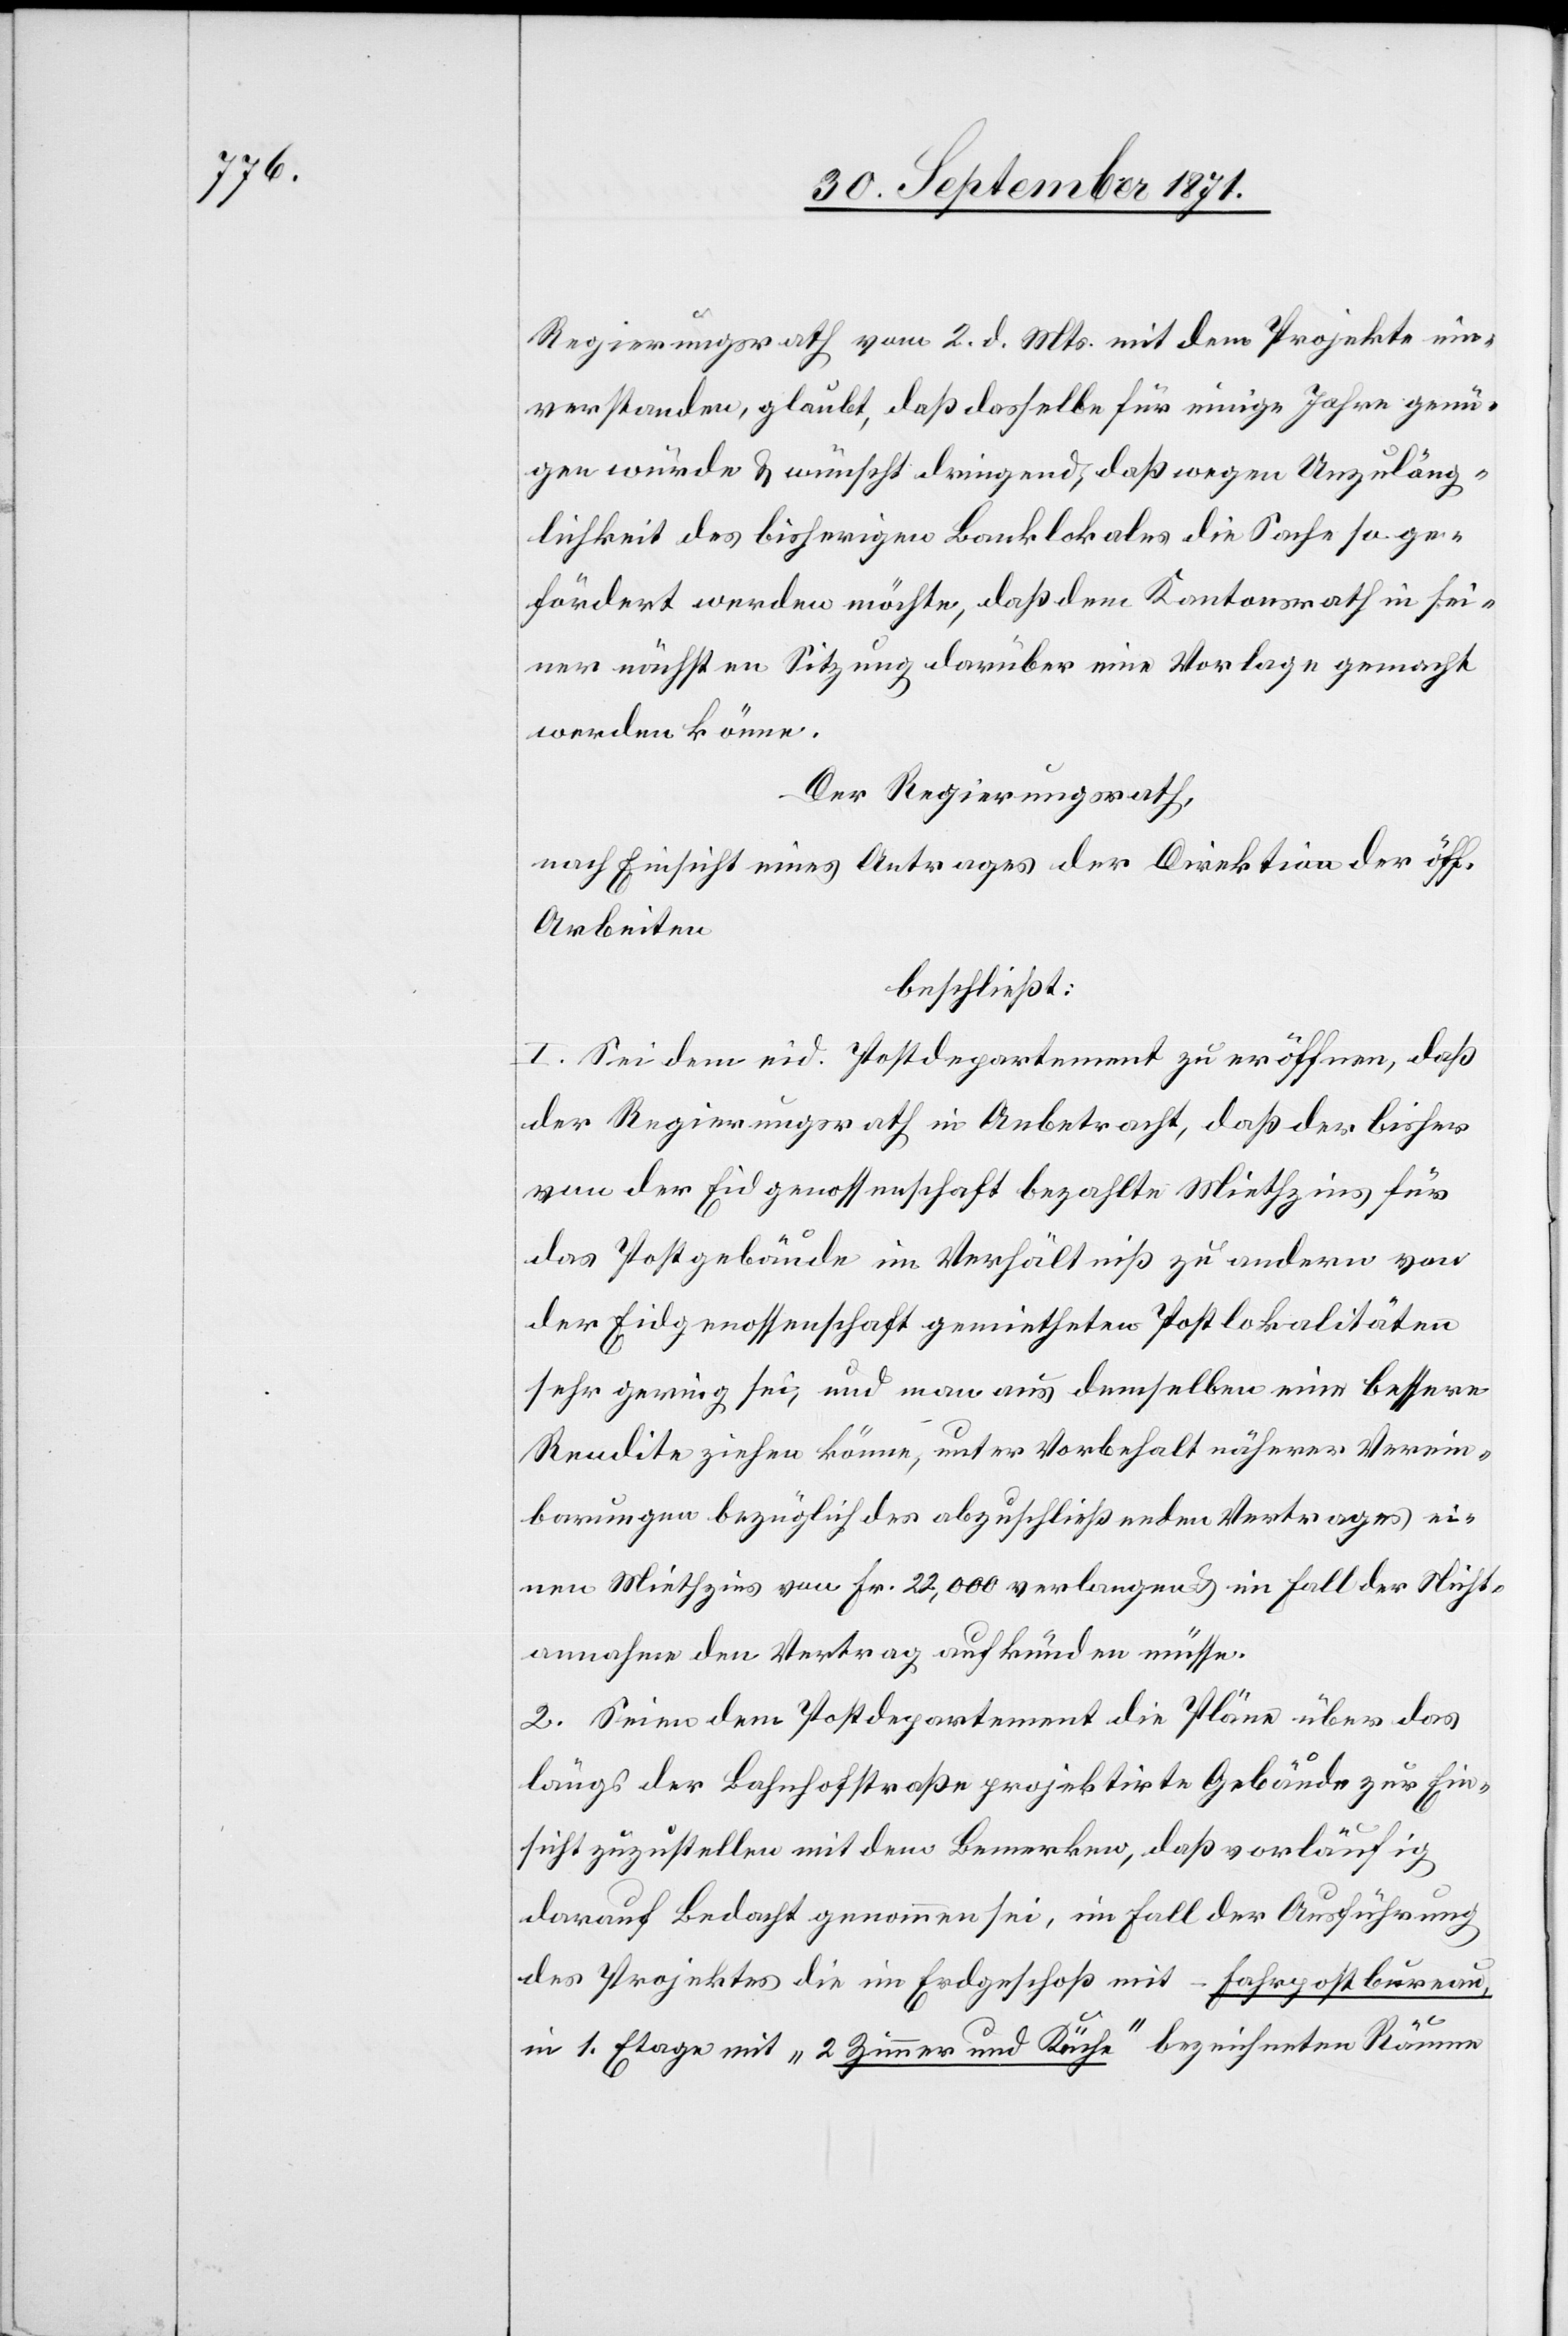
Regierungsrath vom 2. d. Mts. mit dem Projekte ein¬
verstanden, glaubt, daß dasselbe für einige Jahre genü¬
gen würde & wünscht dringend, daß wegen Unzuläng¬
lichkeit des bisherigen Banklokales die Sache so ge¬
fördert werden möchte, daß dem Kantonsrath in sei¬
ner nächsten Sitzung darüber eine Vorlage gemacht
werden könne.
Der Regierungsrath,
nach Einsicht eines Antrages der Direktion der öff.
Arbeiten
beschließt:
1. Bei dem eid. Postdepartement zu eröffnen, daß
der Regierungsrath in Anbetracht, daß der bisher
von der Eidgenossenschaft bezahlte Miethzins für
das Postgebäude im Verhältniß zu andern von
der Eidgenossenschaft gemietheten Postlokalitäten
sehr gering sei, und man aus demselben eine bessere
Rendite ziehen könne, unter Vorbehalt näherer Verein¬
barungen bezüglich des abzuschließenden Vertrages ei¬
nen Miethzins von Fr. 22,000 verlangen & im Fall der Mieth¬
annahme den Vertrag aufkünden müsse.
2. Seien dem Postdepartement die Pläne über das
längs der Bahnhofstraße projektirte Gebäude zur Ein¬
sicht zuzustellen mit dem Bemerken, daß vorläufig
darauf Bedacht genommen sei, im Fall der Ausführung
des Projektes im Erdgeschoß mit – Fahrpostbureau,
in 1. Etage mit „2 Zimmer und Küche“ bezeichneten Räumen